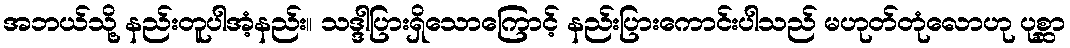
အဘယ်သို့ နည်းတူပါအံ့နည်း။ သဒ္ဒါပြားရှိသောကြောင့် နည်းပြားကောင်းပါသည် မဟုတ်တုံလောဟု ပုစ္ဆာ